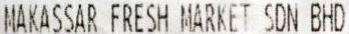
MAKASSAR FRESH MARKET SDN BHD